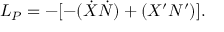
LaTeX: { \cal L _ { P } } = - [ - ( \dot { X } \dot { N } ) + ( X ^ { \prime } N ^ { \prime } ) ] .